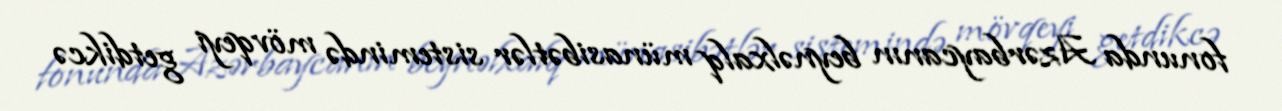
fonunda Azərbaycanın beynəlxalq münasibətlər sistemində mövqeyi getdikcə